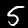
Digit: 5